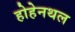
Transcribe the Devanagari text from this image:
होहेनथल